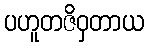
ပဟူတဇိဝှတာယ